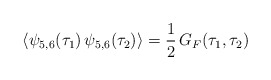
\begin{align*}\langle \psi_{5,6}(\tau_1) \, \psi_{5,6}(\tau_2) \rangle= \frac{1}{2} \, G_F(\tau_1,\tau_2)\end{align*}